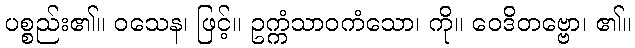
ပစ္စည်း၏။ ဝသေန၊ ဖြင့်။ ဥက္ကံသာဝကံသော၊ ကို။ ဝေဒိတဗ္ဗော၊ ၏။